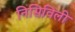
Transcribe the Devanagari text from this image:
निसिविली